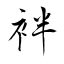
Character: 袢